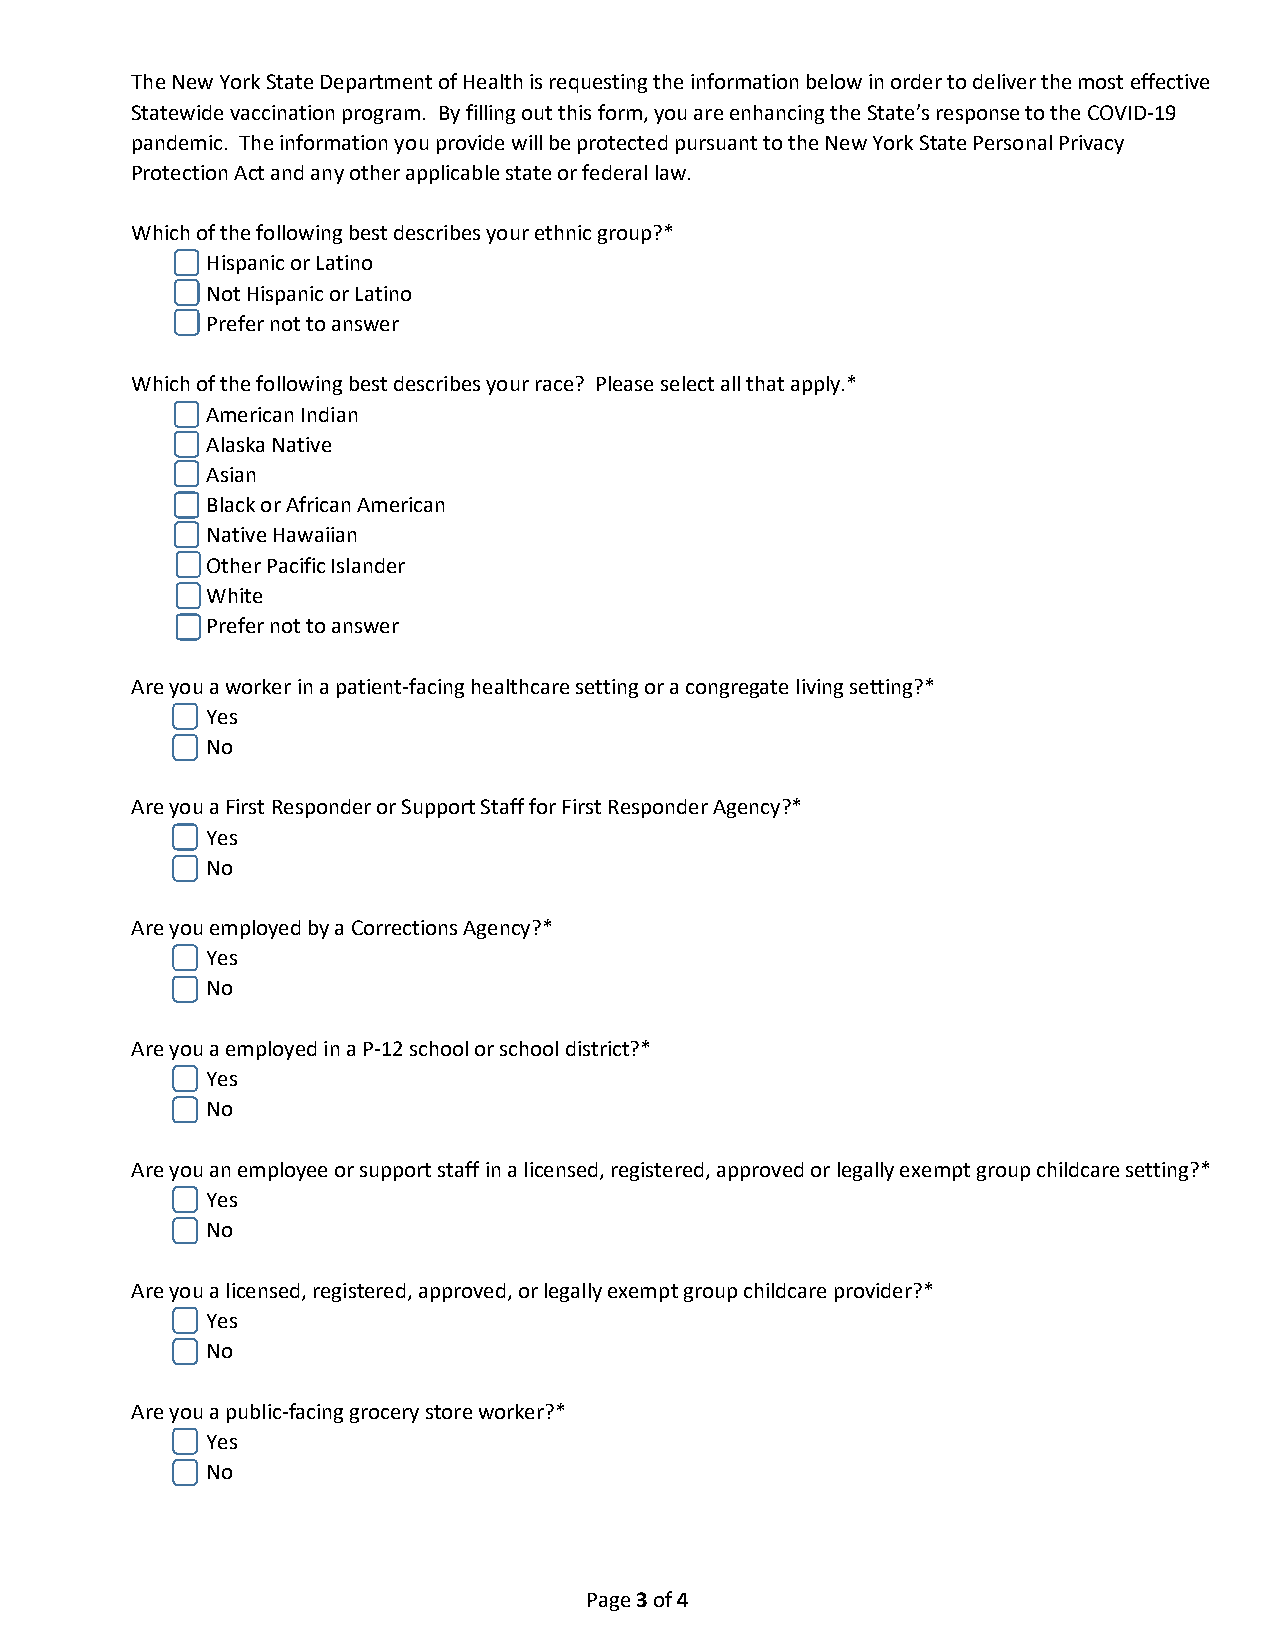
The New York State Department of Health is requesting the information below in order to deliver the most effective
 Statewide vaccination program. By filling out this form, you are enhancing the State’s response to the COVID-19
 pandemic. The information you provide will be protected pursuant to the New York State Personal Privacy
 Protection Act and any other applicable state or federal law.
 Which of the following best describes your ethnic group?*
 Hispanic or Latino
 Not Hispanic or Latino
 Prefer not to answer
 Which of the following best describes your race? Please select all that apply.*
 American Indian
 Alaska Native
 Asian
 Black or African American
 Native Hawaiian
 Other Pacific Islander
 White
 Prefer not to answer
 Are you a worker in a patient-facing healthcare setting or a congregate living setting?*
 Yes
 No
 Are you a First Responder or Support Staff for First Responder Agency?*
 Yes
 No
 Are you employed by a Corrections Agency?*
 Yes
 No
 Are you a employed in a P-12 school or school district?*
 Yes
 No
 Are you an employee or support staff in a licensed, registered, approved or legally exempt group childcare setting?*
 Yes
 No
 Are you a licensed, registered, approved, or legally exempt group childcare provider?*
 Yes
 No
 Are you a public-facing grocery store worker?*
 Yes
 No
 Page 3 of 4